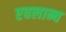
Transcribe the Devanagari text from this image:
एवलान्च